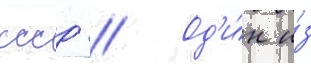
ссср // Од'и́н и́з